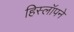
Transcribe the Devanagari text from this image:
हिस्लॉपने